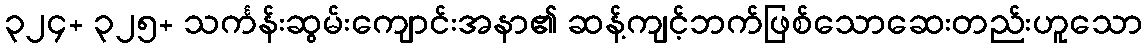
၃၂၄+ ၃၂၅+ သင်္ကန်းဆွမ်းကျောင်းအနာ၏ ဆန့်ကျင့်ဘက်ဖြစ်သောဆေးတည်းဟူသော